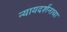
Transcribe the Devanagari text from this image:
न्यायदर्शनाचा